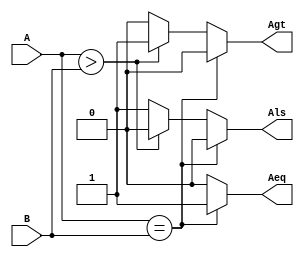
module comp4bit(A,B,Aeq,Agt,Als);
input [3:0]A,B;
output reg Aeq,Agt,Als ;//A equal,A greater, A lesser.
always @(A or B)
begin
Aeq=0;
Agt=0;
Als=0;
if(A==B)
 Aeq=1;
else if(A>B)
 Agt=1;
else
 Als=1;
end
endmodule